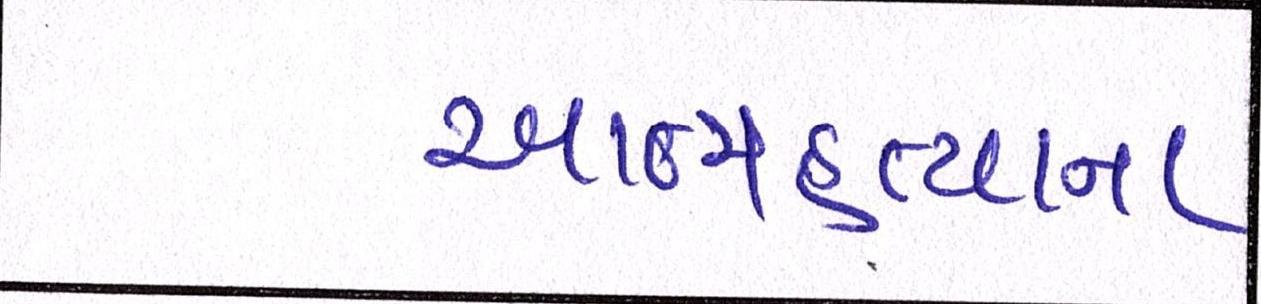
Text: આત્મહત્યાના